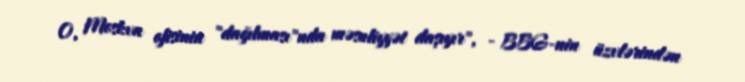
O, Moskva ofisinin "dağılması"nda məsuliyyət daşıyır", - BBG-nin üzvlərindən